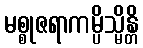
မစ္စုဇရာကမ္ပိသ္မိန္တိ